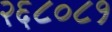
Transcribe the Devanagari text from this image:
२६८०८१